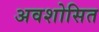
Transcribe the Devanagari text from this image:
अवशोसित